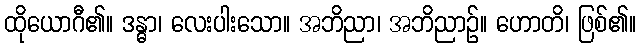
ထိုယောဂီ၏။ ဒန္ဓာ၊ လေးပါးသော။ အဘိညာ၊ အဘိညာဉ်။ ဟောတိ၊ ဖြစ်၏။